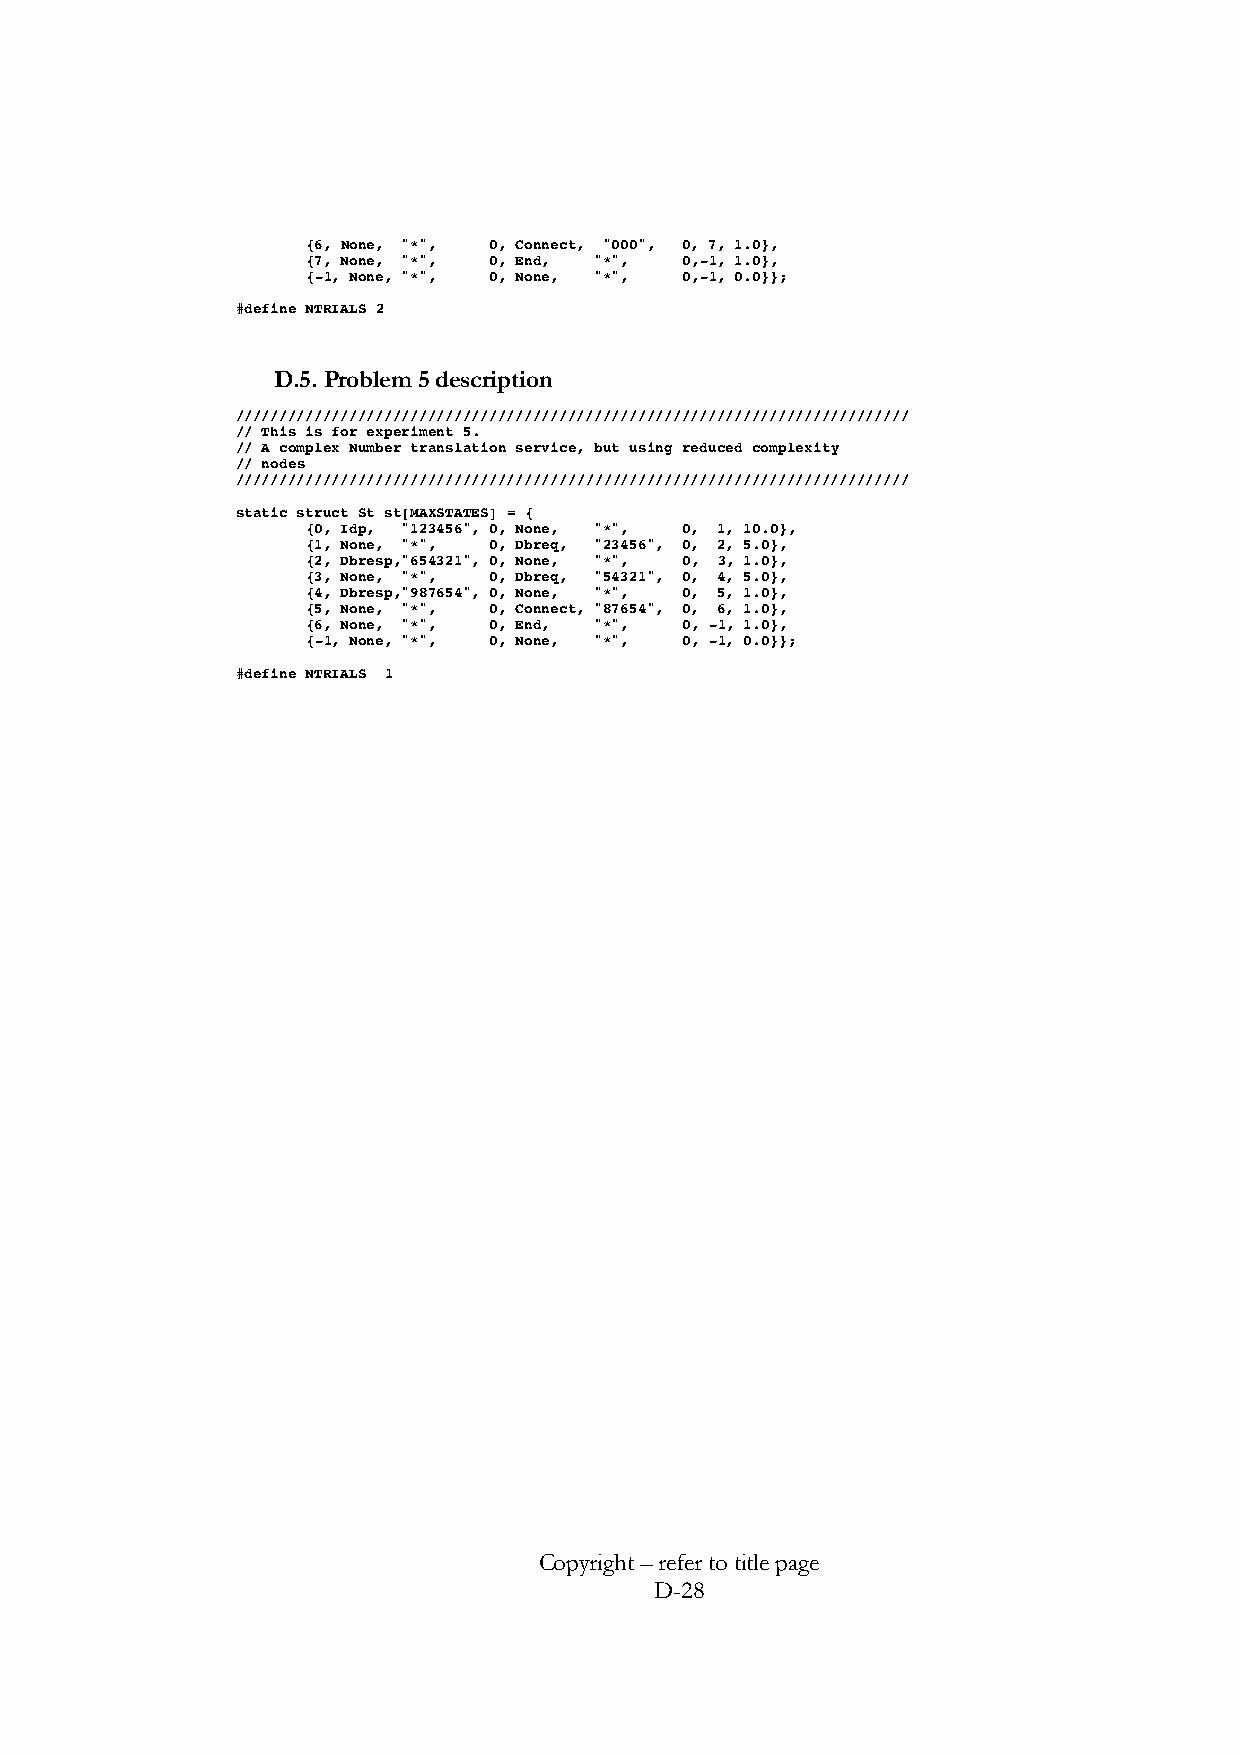
{6, None, "*", 0, Connect, "000", 0, 7, 1.0},
 {7, None, "*", 0, End, "*", 0,-1, 1.0},
 {-1, None, "*", 0, None, "*", 0,-1, 0.0}};
 #define NTRIALS 2
 D.5. Problem 5 description
 /////////////////////////////////////////////////////////////////////////////
 // This is for experiment 5.
 // A complex Number translation service, but using reduced complexity
 // nodes
 /////////////////////////////////////////////////////////////////////////////
 static struct St st[MAXSTATES] = {
 {0, Idp, "123456", 0, None, "*", 0, 1, 10.0},
 {1, None, "*", 0, Dbreq, "23456", 0, 2, 5.0},
 {2, Dbresp,"654321", 0, None, "*", 0, 3, 1.0},
 {3, None, "*", 0, Dbreq, "54321", 0, 4, 5.0},
 {4, Dbresp,"987654", 0, None, "*", 0, 5, 1.0},
 {5, None, "*", 0, Connect, "87654", 0, 6, 1.0},
 {6, None, "*", 0, End, "*", 0, -1, 1.0},
 {-1, None, "*", 0, None, "*", 0, -1, 0.0}};
 #define NTRIALS 1
 Copyright – refer to title page
 D-28